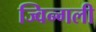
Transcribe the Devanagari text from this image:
ज्विन्गली